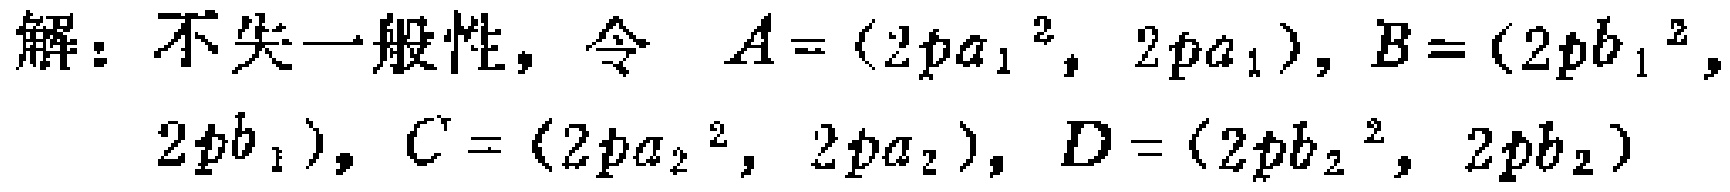
解：不失一般性，令 \(A=(2pa_{1}^{2}, 2pa_{1})\)，\(B=(2pb_{1}^{2}, 2pb_{1})\)，\(C=(2pa_{2}^{2}, 2pa_{2})\)，\(D=(2pb_{2}^{2}, 2pb_{2})\)